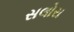
સલોરા